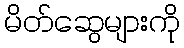
မိတ်ဆွေများကို